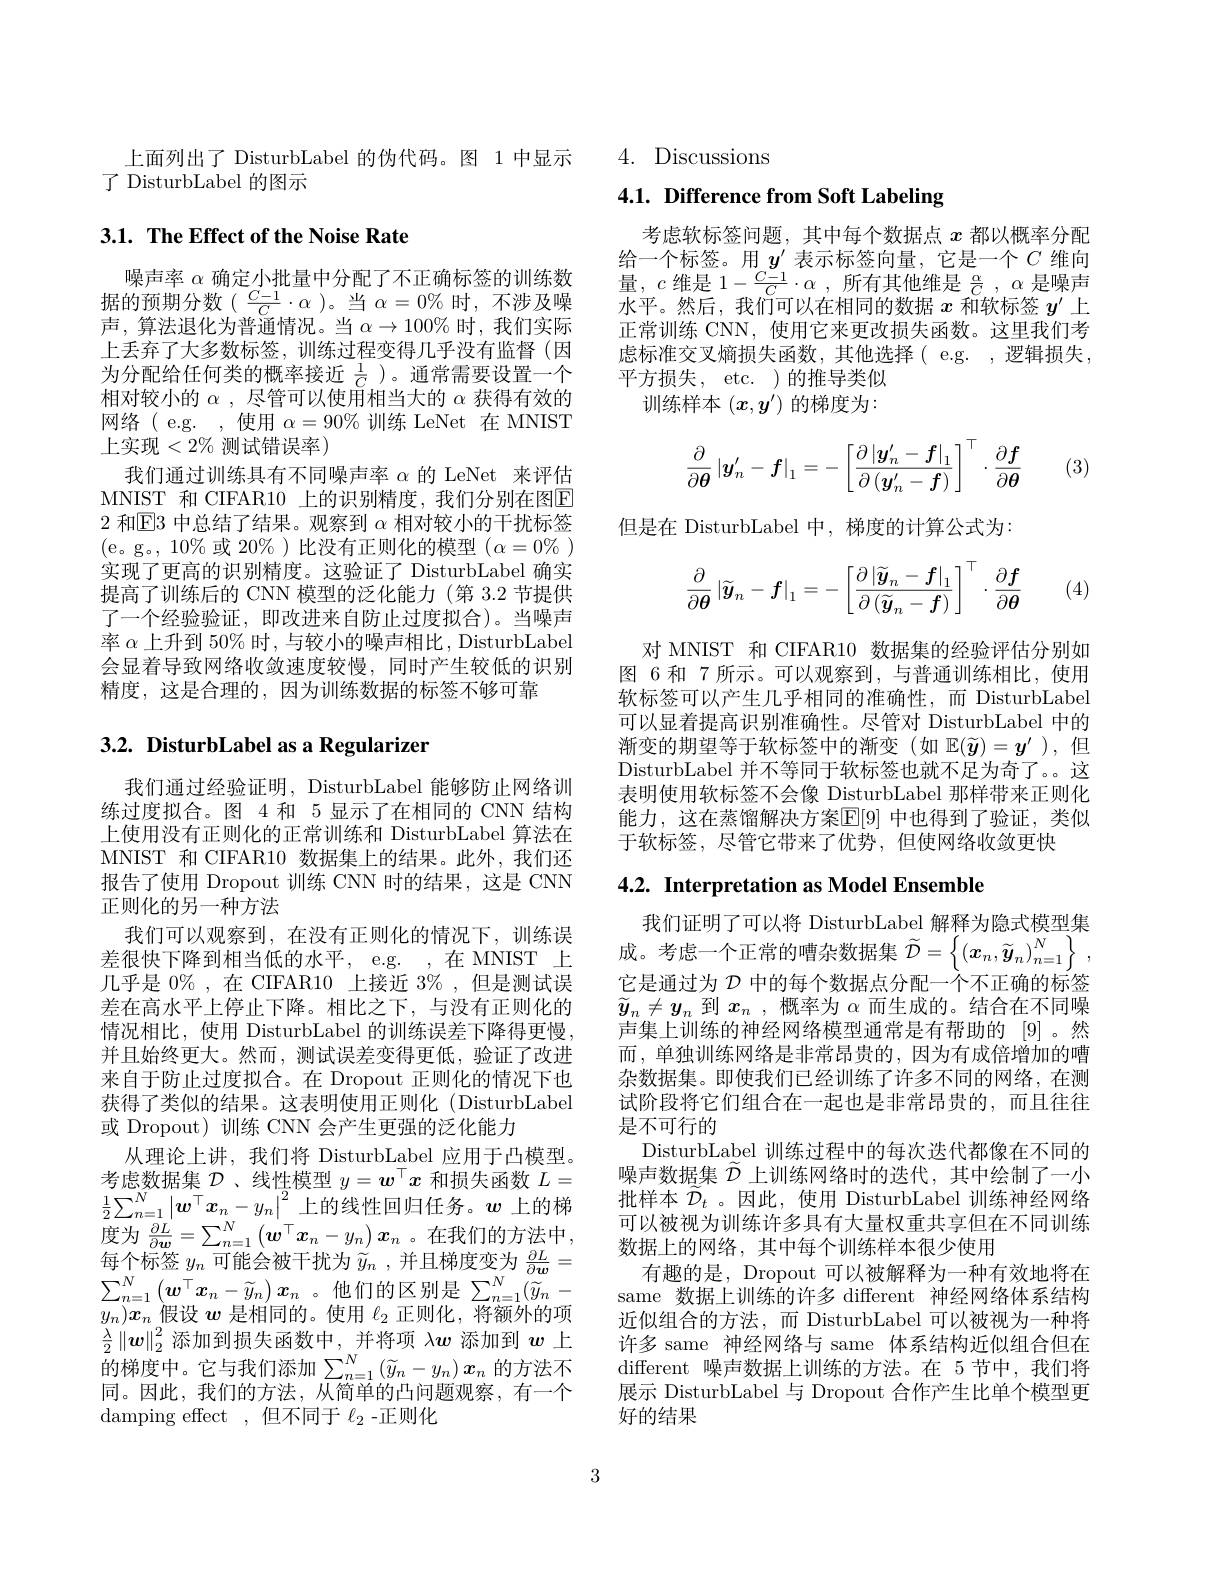
了 DisturbLabel 的图示

# 3.1. The Effect of the Noise Rate

噪声率$\alpha$确定小批量中分配了不正确标签的训练数据的预期分数( $\frac{C-1}{C}\cdot\alpha$ )。当$\alpha=0\%$时，不涉及噪声，算法退化为普通情况。当$\alpha\to100\%$时，我们实际上丢弃了大多数标签，训练过程变得几乎没有监督(因为分配给任何类的概率接近$\frac1C$ )。通常需要设置一个相对较小的$\alpha$,尽管可以使用相当大的$\alpha$获得有效的网络(e.g.,使用$\alpha=90\%$训练 LeNet 在 MNIST 上实现$<2\%$测试错误率)
我们通过训练具有不同噪声率$\alpha$的 LeNet 来评估MNIST 和 CIFAR10 上的识别精度，我们分别在图E 2和$\mathbb{E}3$中总结了结果。观察到$\alpha$相对较小的干扰标签(e。g。,10%或 20%)比没有正则化的模型$(\alpha=0\%)$ 实现了更高的识别精度。这验证了 DisturbLabel 确实提高了训练后的 CNN 模型的泛化能力(第 3.2 节提供了一个经验验证，即改进来自防止过度拟合)。当噪声率$\alpha$上升到 50% 时，与较小的噪声相比，DisturbLabel 会显着导致网络收敛速度较慢，同时产生较低的识别精度，这是合理的，因为训练数据的标签不够可靠

# 3.2. DisturbLabel as a Regularizer

我们通过经验证明，DisturbLabel 能够防止网络训练过度拟合。图 4 和 5 显示了在相同的 CNN 结构上使用没有正则化的正常训练和 DisturbLabel 算法在MNIST 和 CIFAR10 数据集上的结果。此外，我们还报告了使用 Dropout 训练 CNN 时的结果，这是 CNN 正则化的另一种方法
我们可以观察到，在没有正则化的情况下，训练误差很快下降到相当低的水平，e.g. ,在 MNIST 上几乎是$0\%$,在 CIFAR10 上接近$3\%$,但是测试误差在高水平上停止下降。相比之下，与没有正则化的情况相比，使用 DisturbLabel 的训练误差下降得更慢， 并且始终更大。然而，测试误差变得更低，验证了改进来自于防止过度拟合。在 Dropout 正则化的情况下也获得了类似的结果。这表明使用正则化 (DisturbLabel 或 Dropout)训练 CNN 会产生更强的泛化能力
从理论上讲，我们将 DisturbLabel 应用于凸模型。考虑数据集$\mathcal{D}$ 、线性模型$y=\boldsymbol w^\top x$和损失函数$L=$ $\frac12\sum_{n=1}^N\left|\boldsymbol{w}^\top\boldsymbol{x}_n-y_n\right|^2$上的线性回归任务。$\boldsymbol w$ 上的梯度为$\frac{\partial L}{\partial\boldsymbol{w}}=\sum_{n=1}^{N}\left(\boldsymbol{w}^{\top}x_{n}-y_{n}\right)\boldsymbol{x}_{n}$。在我们的方法中每个标签$y_n$可能会被干扰为$\widetilde{y}_n$ ,并且梯度变为$\frac\partial L{\partial\boldsymbol{w}}=$ $\sum_{n=1}^N\left(\boldsymbol{w}^\top\boldsymbol{x}_n-\widetilde{y}_n\right)\boldsymbol{x}_n$。他们的区别是$\sum_n=1^N(\widetilde{y}_n-$ $y_n)\boldsymbol{x}_n$假设$\boldsymbol w$是相同的。使用$\ell_2$正则化，将额外的项$\frac\lambda2\left\|\boldsymbol{w}\right\|_2^2$添加到损失函数中，并将项$\lambda\boldsymbol{w}$添加到$\boldsymbol{w}$上的梯度中。它与我们添加$\sum_n=1^N\left(\widetilde{y}_n-y_n\right)x_n$ 的方法不同。因此，我们的方法，从简单的凸问题观察，有一个damping effect ,但不同于$\ell_2$ -正则化

上面列出了 DisturbLabel 的伪代码。图 1 中显示 4. Discussions

# 4.1. Difference from Soft Labeling

考虑软标签问题，其中每个数据点$x$都以概率分配给一个标签。用$y^\prime$表示标签向量，它是一个$C$维向量，$c$维是$1-\frac{C-1}{C}\cdot\alpha$,所有其他维是$\frac\alpha C,\alpha$是噪声水平。然后，我们可以在相同的数据$x$和软标签$y^\prime$上正常训练 CNN, 使用它来更改损失函数。这里我们考虑标准交叉熵损失函数，其他选择( e.g. ,逻辑损失， 平方损失，etc.)的推导类似
训练样本$(x,y^\prime)$的梯度为：
$$\dfrac{\partial}{\partial\boldsymbol{\theta}}\left|\boldsymbol{y}_n'-\boldsymbol{f}\right|_1=-\left[\dfrac{\partial\left|\boldsymbol{y}_n'-\boldsymbol{f}\right|_1}{\partial\left(\boldsymbol{y}_n'-\boldsymbol{f}\right)}\right]^\top\cdot\dfrac{\partial\boldsymbol{f}}{\partial\boldsymbol{\theta}}$$
(3)

但是在 DisturbLabel 中，梯度的计算公式为：
$$\dfrac{\partial}{\partial\boldsymbol{\theta}}\left|\widetilde{\boldsymbol{y}}_n-\boldsymbol{f}\right|_1=-\left[\dfrac{\partial\left|\widetilde{\boldsymbol{y}}_n-\boldsymbol{f}\right|_1}{\partial\left(\widetilde{\boldsymbol{y}}_n-\boldsymbol{f}\right)}\right]^\top\cdot\dfrac{\partial\boldsymbol{f}}{\partial\boldsymbol{\theta}}$$
(4)

对 MNIST 和 CIFAR10 数据集的经验评估分别如图 6 和 7 所示。可以观察到，与普通训练相比，使用软标签可以产生几乎相同的准确性，而 DisturbLabel 可以显着提高识别准确性。尽管对 DisturbLabel 中的渐变的期望等于软标签中的渐变(如$\mathbb{E}(\widetilde{y})=y^{\prime}$ ),但DisturbLabel 并不等同于软标签也就不足为奇了。。这表明使用软标签不会像 DisturbLabel 那样带来正则化能力，这在蒸馏解决方案$\overline{\mathbb{E}}[9]$ 中也得到了验证，类似于软标签，尽管它带来了优势，但使网络收敛更快

# 4.2. Interpretation as Model Ensemble

我们证明了可以将 DisturbLabel 解释为隐式模型集成。考虑一个正常的嘈杂数据集$\widetilde{\mathcal{D}}=\left\{\left(\boldsymbol{x}_{n},\widetilde{\boldsymbol{y}}_{n}\right)_{n=1}^{N}\right\}$, 它是通过为$\mathcal{D}$中的每个数据点分配一个不正确的标签$\widetilde{y}_n\neq y_n$到$x_n$ ,概率为$\alpha$而生成的。结合在不同噪声集上训练的神经网络模型通常是有帮助的 [9]。然而，单独训练网络是非常昂贵的，因为有成倍增加的嘈杂数据集。即使我们已经训练了许多不同的网络，在测试阶段将它们组合在一起也是非常昂贵的，而且往往是不可行的
DisturbLabel 训练过程中的每次迭代都像在不同的噪声数据集$\widetilde{\mathcal{D}}$上训练网络时的迭代，其中绘制了一小批样本$\tilde{\mathcal{D}}_t$ 。因此，使用 DisturbLabel 训练神经网络可以被视为训练许多具有大量权重共享但在不同训练数据上的网络，其中每个训练样本很少使用
有趣的是，Dropout 可以被解释为一种有效地将在same 数据上训练的许多 different 神经网络体系结构近似组合的方法，而 DisturbLabel 可以被视为一种将许多 same 神经网络与 same 体系结构近似组合但在different 噪声数据上训练的方法。在 5节中，我们将展示 DisturbLabel 与 Dropout 合作产生比单个模型更好的结果

3